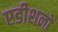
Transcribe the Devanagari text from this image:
एडीशनों